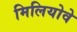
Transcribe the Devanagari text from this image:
मिलियोवे